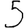
Digit: 5